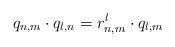
\begin{align*} q_{n,m} \cdot q_{l,n}= r^{l}_{n,m} \cdot q_{l,m}\end{align*}